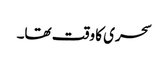
سحری کا وقت تھا۔